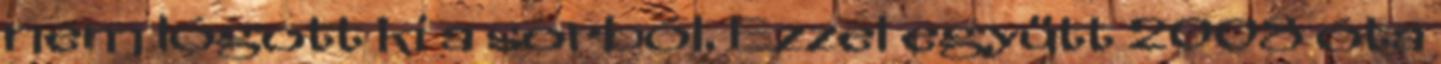
nem lógott ki a sorból. Ezzel együtt 2008 óta